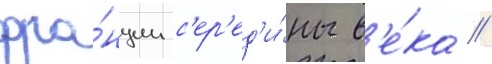
фра́нции с'ер'ед'и́ны в'е́ка //